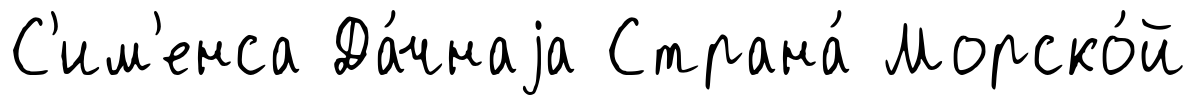
С'им'енса Да́чнаjа Страна́ Морско́й